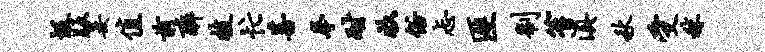
圾版妾值前醉技忙菩拳耐收俗忐匪制笙滇秋受秣